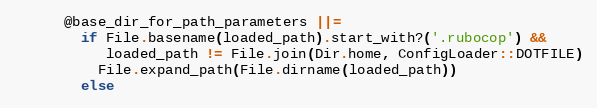
Language: Ruby
      @base_dir_for_path_parameters ||=
        if File.basename(loaded_path).start_with?('.rubocop') &&
           loaded_path != File.join(Dir.home, ConfigLoader::DOTFILE)
          File.expand_path(File.dirname(loaded_path))
        else